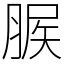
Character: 䐅